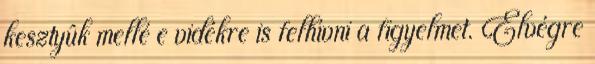
kesztyûk mellé e vidékre is felhívni a figyelmet. Elvégre